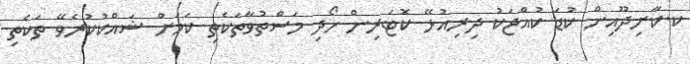
ކ.ކާށިދޫއިން ކުޑަ ކުއްޖަކު ދިރިއުޅޭ ކޮޓަރިން ހޯދި މަސްތުވާތަކެތި ކަމަށް ޝައްކުކުރެވޭ ތަކެތި